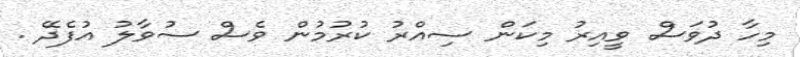
މިހާ ދުވަސް ވީއިރު މިކަން ސިއްރު ކުރުމުން ވެސް ސުވާލު އުފެދޭ .